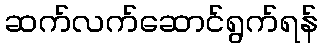
ဆက်လက်ဆောင်ရွက်ရန်